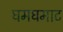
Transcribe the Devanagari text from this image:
घमघमाट